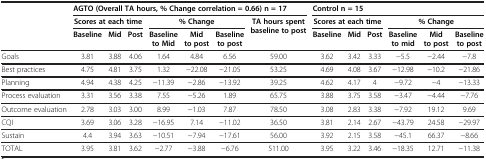
<table><thead><tr><td><b> </b></td><td colspan="7"><b>AGTO (Overall TA hours, % Change correlation = 0.66) n = 17</b></td><td colspan="6"><b>Control n = 15</b></td></tr><tr><td><b> </b></td><td colspan="3"><b>Scores at each time</b></td><td colspan="3"><b>% Change</b></td><td rowspan="2"><b>TA hours spent baseline to post</b></td><td colspan="3"><b>Scores at each time</b></td><td colspan="3"><b>% Change</b></td></tr><tr><td><b> </b></td><td><b>Baseline</b></td><td><b>Mid</b></td><td><b>Post</b></td><td><b>Baseline to Mid</b></td><td><b>Mid to post</b></td><td><b>Baseline to post</b></td><td><b>Baseline</b></td><td><b>Mid</b></td><td><b>Post</b></td><td><b>Baseline to mid</b></td><td><b>Mid to post</b></td><td><b>Baseline to post</b></td></tr></thead><tbody><tr><td>Goals</td><td>3.81</td><td>3.88</td><td>4.06</td><td>1.64</td><td>4.84</td><td>6.56</td><td>59.00</td><td>3.62</td><td>3.42</td><td>3.33</td><td>−5.5</td><td>−2.44</td><td>−7.8</td></tr><tr><td>Best practices</td><td>4.75</td><td>4.81</td><td>3.75</td><td>1.32</td><td>−22.08</td><td>−21.05</td><td>53.25</td><td>4.69</td><td>4.08</td><td>3.67</td><td>−12.98</td><td>−10.2</td><td>−21.86</td></tr><tr><td>Planning</td><td>4.94</td><td>4.38</td><td>4.25</td><td>−11.39</td><td>−2.86</td><td>−13.92</td><td>39.25</td><td>4.62</td><td>4.17</td><td>4</td><td>−9.72</td><td>−4</td><td>−13.33</td></tr><tr><td>Process evaluation</td><td>3.31</td><td>3.56</td><td>3.38</td><td>7.55</td><td>−5.26</td><td>1.89</td><td>65.75</td><td>3.88</td><td>3.75</td><td>3.58</td><td>−3.47</td><td>−4.44</td><td>−7.76</td></tr><tr><td>Outcome evaluation</td><td>2.78</td><td>3.03</td><td>3.00</td><td>8.99</td><td>−1.03</td><td>7.87</td><td>78.50</td><td>3.08</td><td>2.83</td><td>3.38</td><td>−7.92</td><td>19.12</td><td>9.69</td></tr><tr><td>CQI</td><td>3.69</td><td>3.06</td><td>3.28</td><td>−16.95</td><td>7.14</td><td>−11.02</td><td>36.50</td><td>3.81</td><td>2.14</td><td>2.67</td><td>−43.79</td><td>24.58</td><td>−29.97</td></tr><tr><td>Sustain</td><td>4.4</td><td>3.94</td><td>3.63</td><td>−10.51</td><td>−7.94</td><td>−17.61</td><td>56.00</td><td>3.92</td><td>2.15</td><td>3.58</td><td>−45.1</td><td>66.37</td><td>−8.66</td></tr><tr><td>TOTAL</td><td>3.95</td><td>3.81</td><td>3.62</td><td>−2.77</td><td>−3.88</td><td>−6.76</td><td>511.00</td><td>3.95</td><td>3.22</td><td>3.46</td><td>−18.35</td><td>12.71</td><td>−11.38</td></tr></tbody></table>